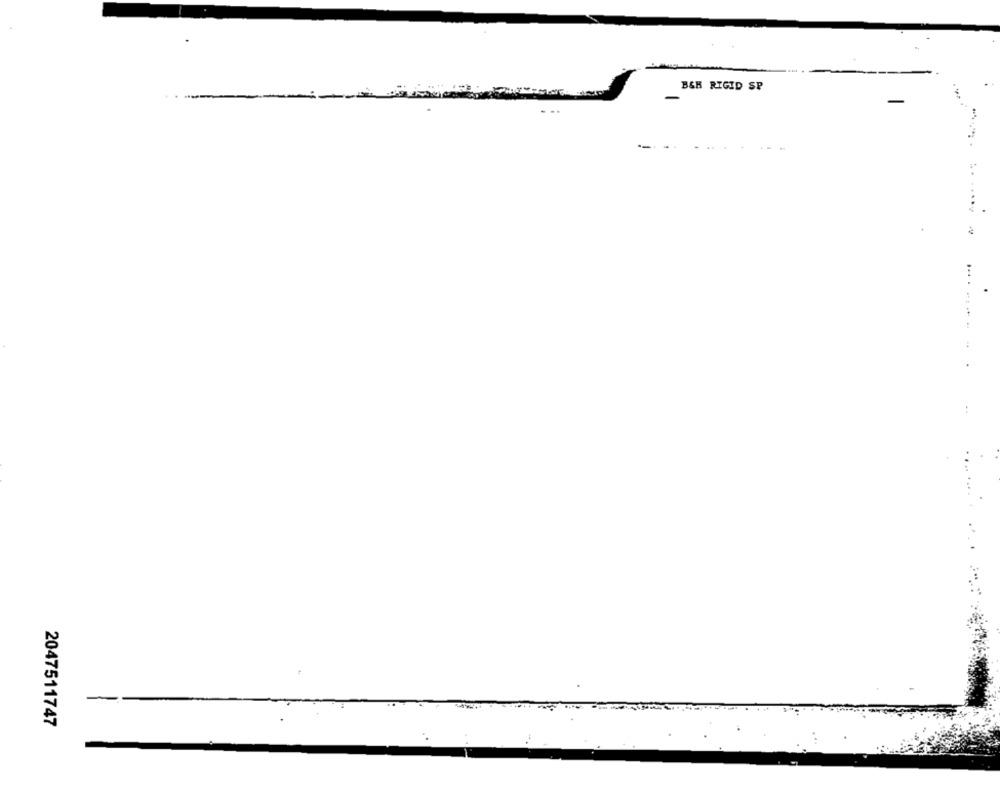
BSH RIGID SP
2047511747